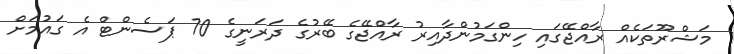
މަޝްރޫތަކެއް ރާއްޖޭގައި ހިންގަމުންދާއިރު ރާއްޖޭގެ ބޭރުގެ ދަރަނީގެ 70 ޕަސެންޓް އެ ގައުމަށް